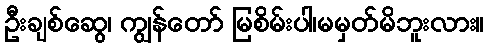
ဦးချစ်ဆွေ၊ ကျွန်တော် မြစိမ်းပါ၊မမှတ်မိဘူးလား။